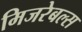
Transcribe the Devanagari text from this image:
मिजरेबल्स